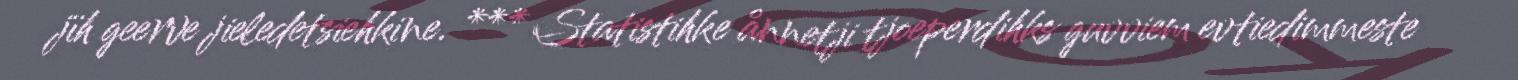
jïh geerve jieledetsiehkine. *** Statistihke ånnetji tjoeperdihks guvviem evtiedimmeste